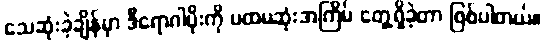
သေဆုံးခဲ့ချိန်မှာ ဒီရောဂါပိုးကို ပထမဆုံးအကြိမ် တွေ့ရှိခဲ့တာ ဖြစ်ပါတယ်။